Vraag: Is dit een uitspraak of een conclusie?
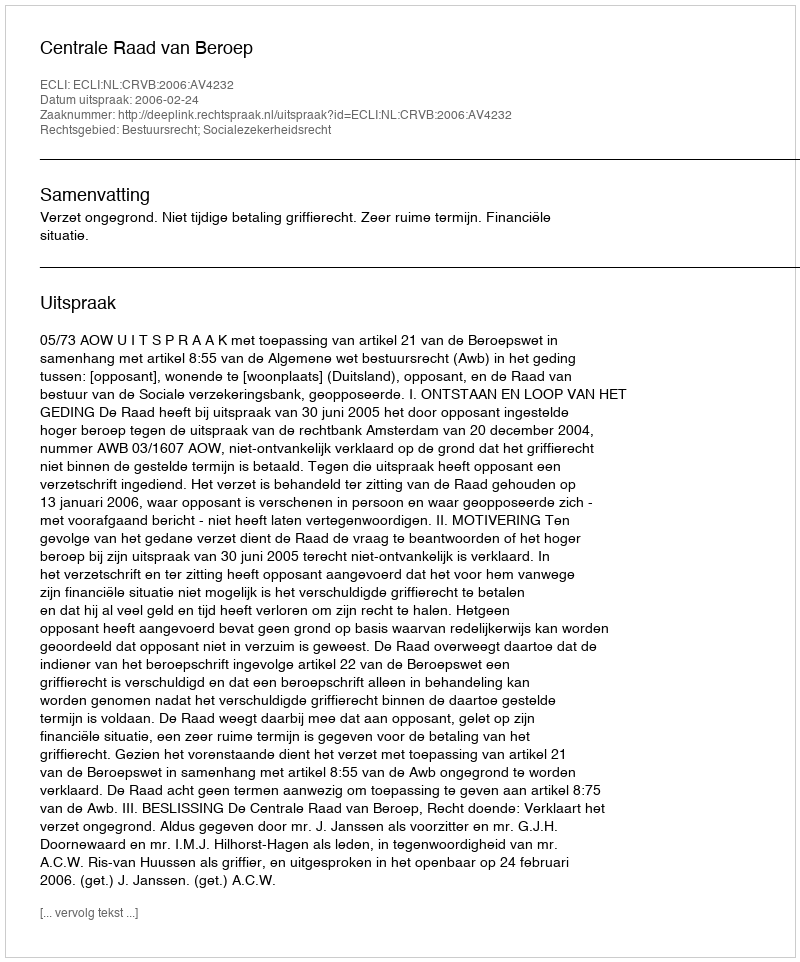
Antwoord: Uitspraak